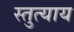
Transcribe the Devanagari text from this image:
स्तुत्याय